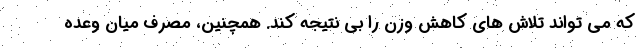
که می تواند تلاش های کاهش وزن را بی نتیجه کند. همچنین، مصرف میان وعده